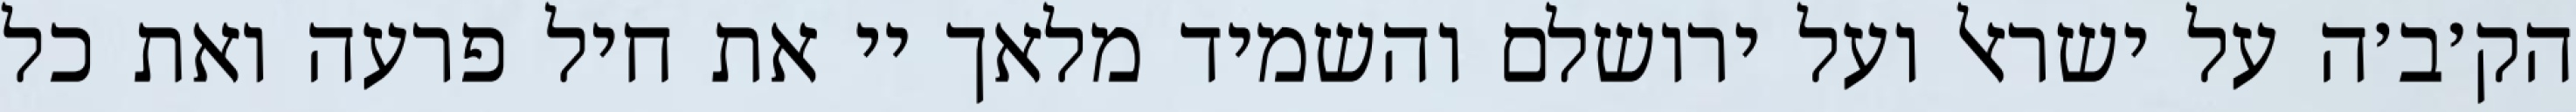
הק׳ב׳ה על ישראל ועל ירושלם והשמיד מלאך יי את חיל פרעה ואת כל